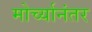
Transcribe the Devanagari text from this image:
मोर्च्यानंतर